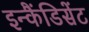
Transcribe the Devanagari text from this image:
इन्कैंडिसेंट